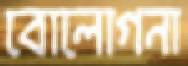
বোলোগনা